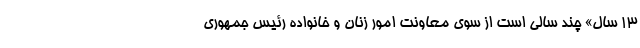
۱۳ سال» چند سالی است از سوی معاونت امور زنان و خانواده رئیس جمهوری